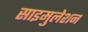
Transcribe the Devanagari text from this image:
साइमुलेशन